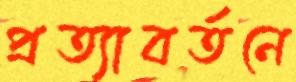
প্রত্যাবর্তনে